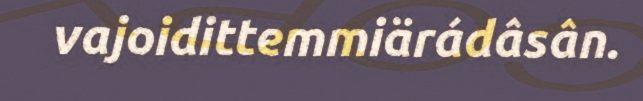
vajoidittemmiärádâsân.